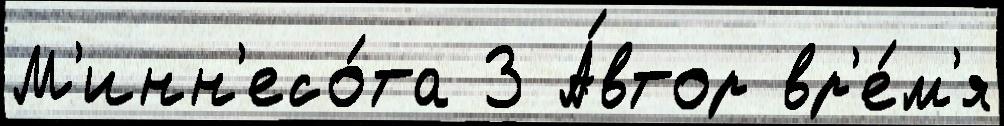
М'инн'есо́та 3 А́втор вр'е́м'я